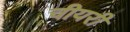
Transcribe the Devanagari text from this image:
चीयरी